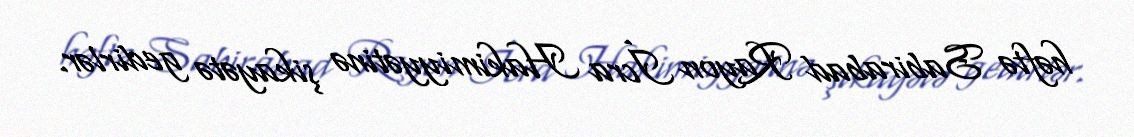
həftə Sabirabad Rayon İcra Hakimiyyətinə şikayətə gedirlər.